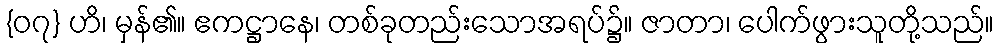
{၀၇} ဟိ၊ မှန်၏။ ဧကဋ္ဌာနေ၊ တစ်ခုတည်းသောအရပ်၌။ ဇာတာ၊ ပေါက်ဖွားသူတို့သည်။